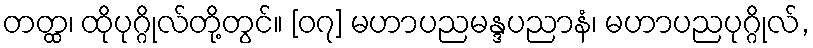
တတ္ထ၊ ထိုပုဂ္ဂိုလ်တို့တွင်။ [၀၇] မဟာပညမန္ဒပညာနံ၊ မဟာပညပုဂ္ဂိုလ်,